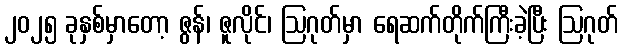
၂၀၂၅ ခုနှစ်မှာတော့ ဇွန်၊ ဇူလိုင်၊ ဩဂုတ်မှာ ရေဆက်တိုက်ကြီးခဲ့ပြီး ဩဂုတ်